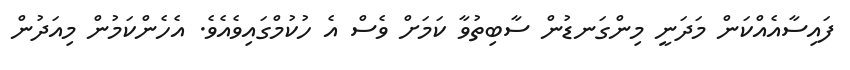
ފައިސާއެއްކަން މަދަނީ މިންގަނޑުން ސާބިތުވާ ކަމަށް ވެސް އެ ހުކުމްގައިވެއެވެ. އެހެންކަމުން މިއަދުން